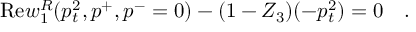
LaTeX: \mathrm { R e } w _ { 1 } ^ { R } ( p _ { t } ^ { 2 } , p ^ { + } , p ^ { - } = 0 ) - ( 1 - Z _ { 3 } ) ( - p _ { t } ^ { 2 } ) = 0 ~ ~ ~ .